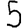
Digit: 5